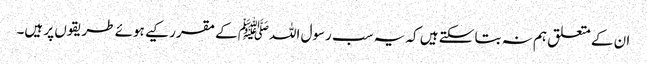
ان کے متعلق ہم نہ بتا سکتے ہیں کہ یہ سب رسول اللہﷺ کے مقرر کیے ہوئے طریقوں پر ہیں۔